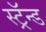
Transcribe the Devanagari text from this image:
स्ट्रॅन्ड